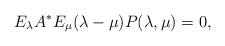
LaTeX: \begin{align*} E_\lambda A^* E_\mu (\lambda - \mu)P(\lambda, \mu)=0,\end{align*}